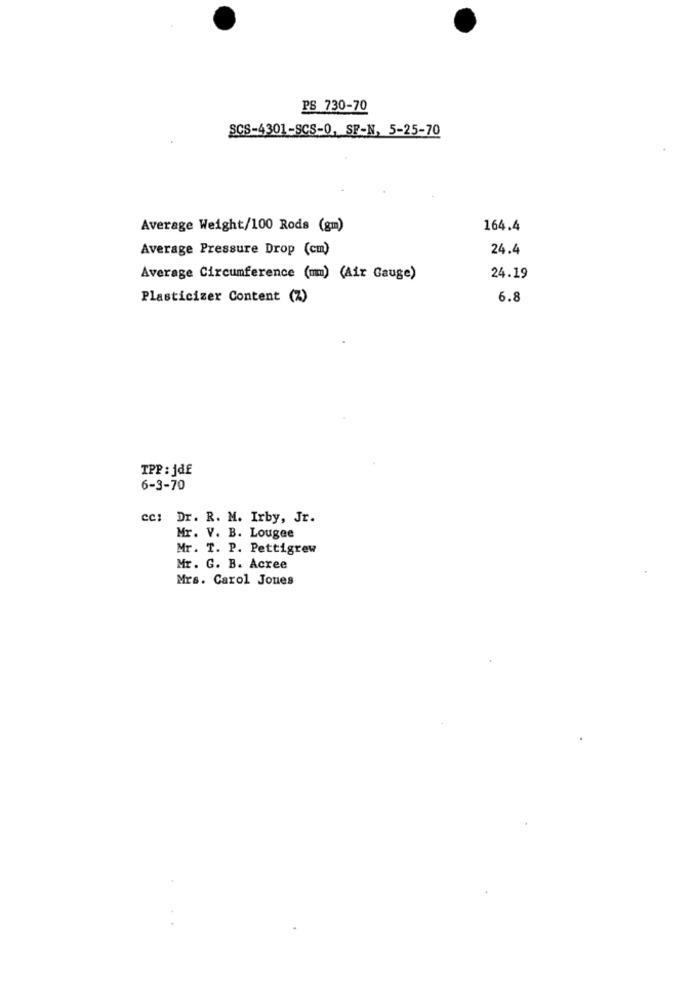
PS 730-70
SCS-4301-SCS-0, SF-N, 5-25-70
Average Weight/100 Rods (gm)
164.4
Average Pressure Drop (cm)
24.4
Average Circumference (mm) (Air Gauge)
24.19
Plasticizer Content (%)
6.8
TPP : jdf
6-3-70
cc: Dr. R. M. Irby, Jr.
Mr. V. B. Lougee
Mr. T. P. Pettigrew
Mr. G. B. Acree
Mrs. Carol Jones